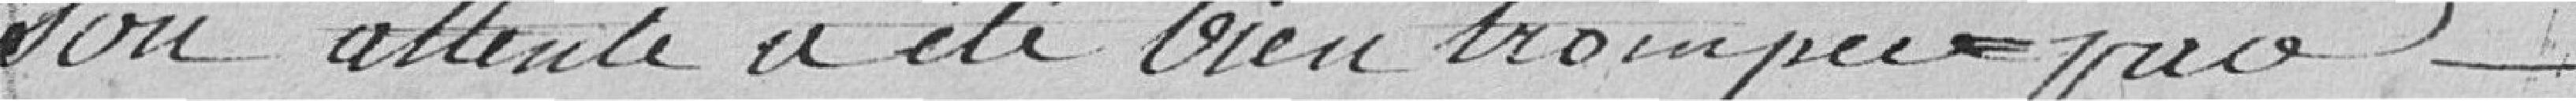
son attente a été bien trompée par